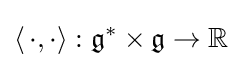
\langle \,\cdot ,\cdot \rangle :{\mathfrak {g}}^{*}\times {\mathfrak {g}}\to \mathbb {R}